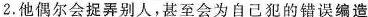
2.他偶尔会捉弄别人，甚至会为自己犯的错误编造